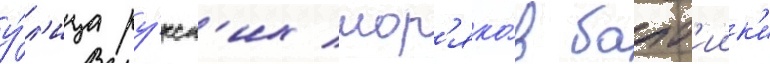
у́л'ица ру́сск'их мор'яко́в балт'иик'и